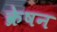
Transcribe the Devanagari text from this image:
क्रेषन